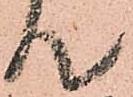
て